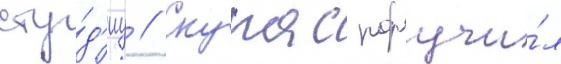
сту́д'иу // Скурас поручи́л